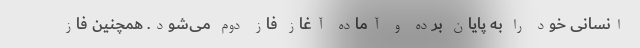
انسانی خود را به پایان برده و آماده آغاز فاز دوم می‌شود. همچنین فاز